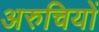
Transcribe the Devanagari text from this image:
अरुचियों